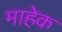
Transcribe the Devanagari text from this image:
माहेक